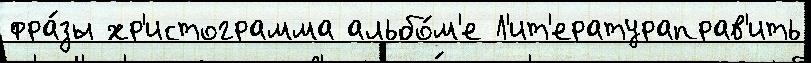
фра́зы хр'истограмма альбо́м'е Л'ит'ератураправ'ить